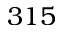
3 1 5